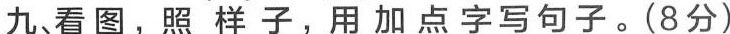
九、看图，照样子，用加点字写句子。(8分)